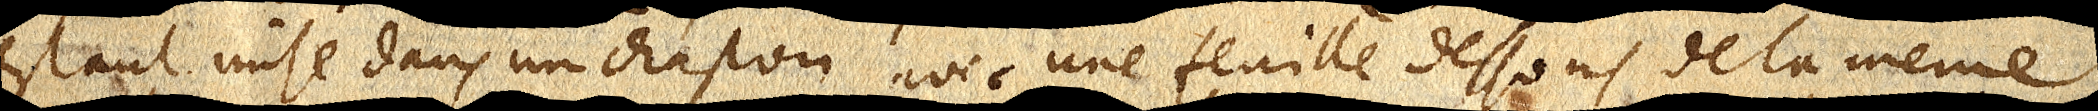
estant mise dans un chaston avec une feuille dessous de la même